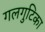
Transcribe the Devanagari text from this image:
गलगुटिका